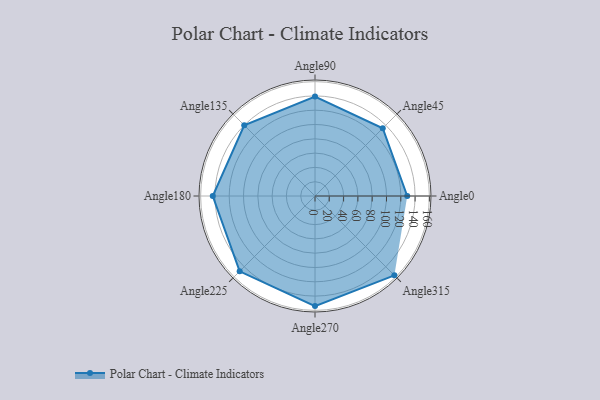
{"axis": {"x": "Angle", "y": "Radius"}, "legend": [""], "data": [{"x": "Angle0", "y": 129.0, "type": ""}, {"x": "Angle45", "y": 134.0, "type": ""}, {"x": "Angle90", "y": 139.0, "type": ""}, {"x": "Angle135", "y": 140.0, "type": ""}, {"x": "Angle180", "y": 143.0, "type": ""}, {"x": "Angle225", "y": 149.0, "type": ""}, {"x": "Angle270", "y": 154.0, "type": ""}, {"x": "Angle315", "y": 157.0, "type": ""}]}